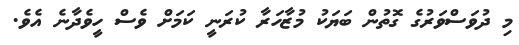
މި ދުވަސްވަރުގެ ގޮތުން ބަޔަކު މުޒާހަރާ ކުރަނީ ކަމަށް ވެސް ހީވެދާނެ އެވެ.